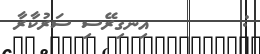
:        އިނގިރޭސި ސަރުކާރާ